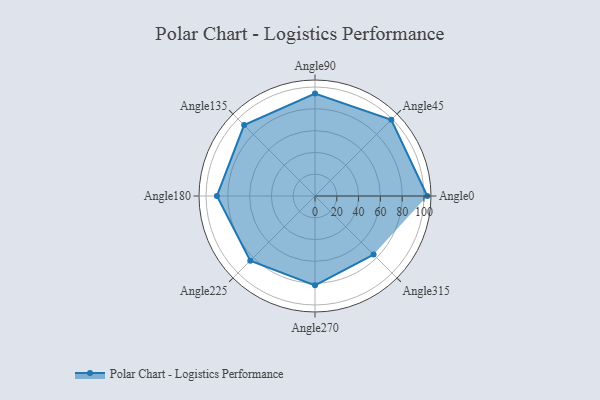
{"axis": {"x": "Angle", "y": "Radius"}, "legend": [""], "data": [{"x": "Angle0", "y": 103.0, "type": ""}, {"x": "Angle45", "y": 99.0, "type": ""}, {"x": "Angle90", "y": 94.0, "type": ""}, {"x": "Angle135", "y": 92.0, "type": ""}, {"x": "Angle180", "y": 90.0, "type": ""}, {"x": "Angle225", "y": 84.0, "type": ""}, {"x": "Angle270", "y": 82.0, "type": ""}, {"x": "Angle315", "y": 76.0, "type": ""}]}